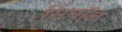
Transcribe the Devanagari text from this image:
सिंबॉल